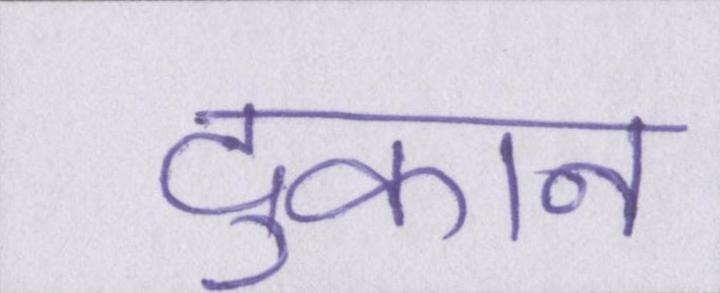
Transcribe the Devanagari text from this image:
दुकान